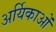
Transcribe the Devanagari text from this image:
अर्यिकाओं